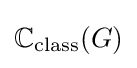
\mathbb {C} _{\text{class}}(G)